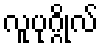
လူပုဂ္ဂိုလ်